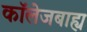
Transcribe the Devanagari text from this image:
कॉलेजबाह्य